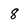
Character: 8